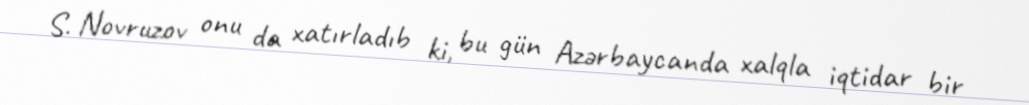
S. Novruzov onu da xatırladıb ki, bu gün Azərbaycanda xalqla iqtidar bir